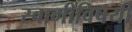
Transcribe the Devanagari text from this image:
स्वामींविषयी